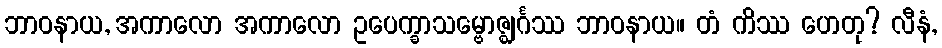
ဘာဝနာယ, အကာလော အကာလော ဥပေက္ခာသမ္ဗောဇ္ဈင်္ဂဿ ဘာဝနာယ။ တံ ကိဿ ဟေတု? လီနံ,